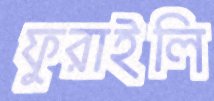
ফুরাইলি